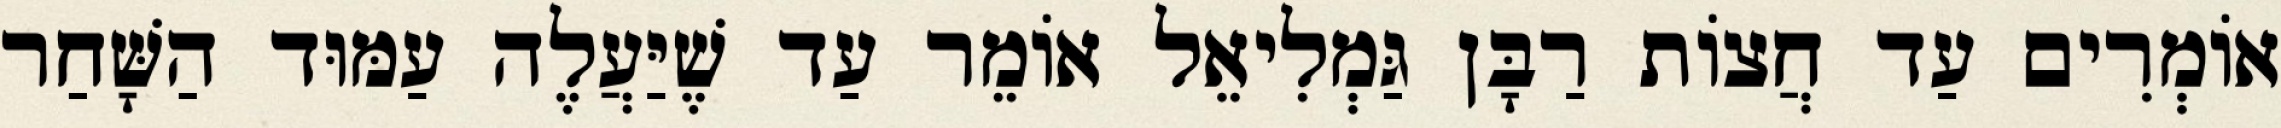
אוֹמְרִים עַד חֲצוֹת רַבָּן גַּמְלִיאֵל אוֹמֵר עַד שֶׁיַּעֲלֶה עַמּוּד הַשָּׁחַר